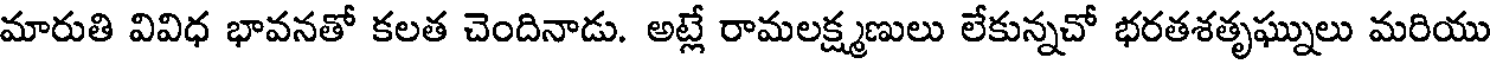
మారుతి వివిధ భావనతో కలత చెందినాడు. అట్లే రామలక్ష్మణులు లేకున్నచో భరతశతృఘ్నులు మరియు